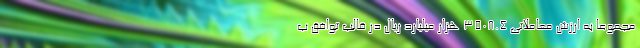
مجموعاً به ارزش معاملاتی ۳۵۰۸.۴ هزار میلیارد ریال در قالب توافق ب